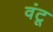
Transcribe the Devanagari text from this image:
वंटू